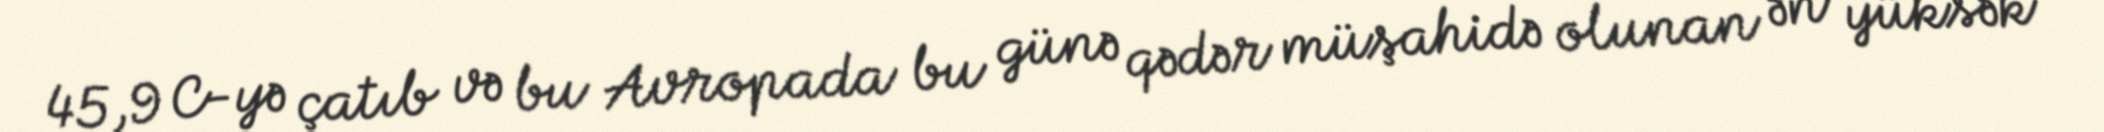
45,9 C-yə çatıb və bu Avropada bu günə qədər müşahidə olunan ən yüksək